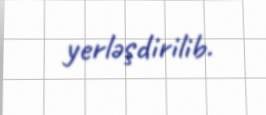
yerləşdirilib.